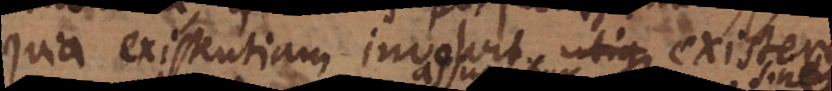
quia existentiam involvit, existere